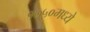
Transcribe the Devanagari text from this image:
१७५०मध्ये